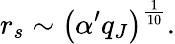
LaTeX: r_{s}\sim\left(\alpha^{\prime}q_{J}\right)^{\frac{1}{10}}.